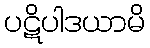
ပဋိပါဒယာမိ